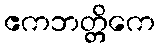
ဧကဘတ္တိကေ